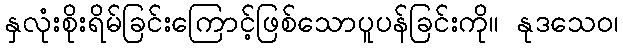
နှလုံးစိုးရိမ်ခြင်းကြောင့်ဖြစ်သောပူပန်ခြင်းကို။ နုဒသေဝ၊